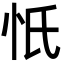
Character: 忯